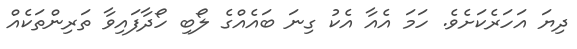
ދިޔަ އަހަރެކަށެވެ. ހަމަ އެއާ އެކު ގިނަ ބައެއްގެ ލޯބި ހޯދާފައިވާ ތަރިންތަކެއް